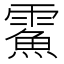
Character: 𩅔